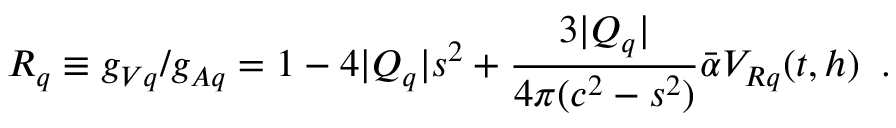
R _ { q } \equiv g _ { V q } / g _ { A q } = 1 - 4 | Q _ { q } | s ^ { 2 } + \frac { 3 | Q _ { q } | } { 4 \pi ( c ^ { 2 } - s ^ { 2 } ) } \bar { \alpha } V _ { R q } ( t , h ) \; \; .